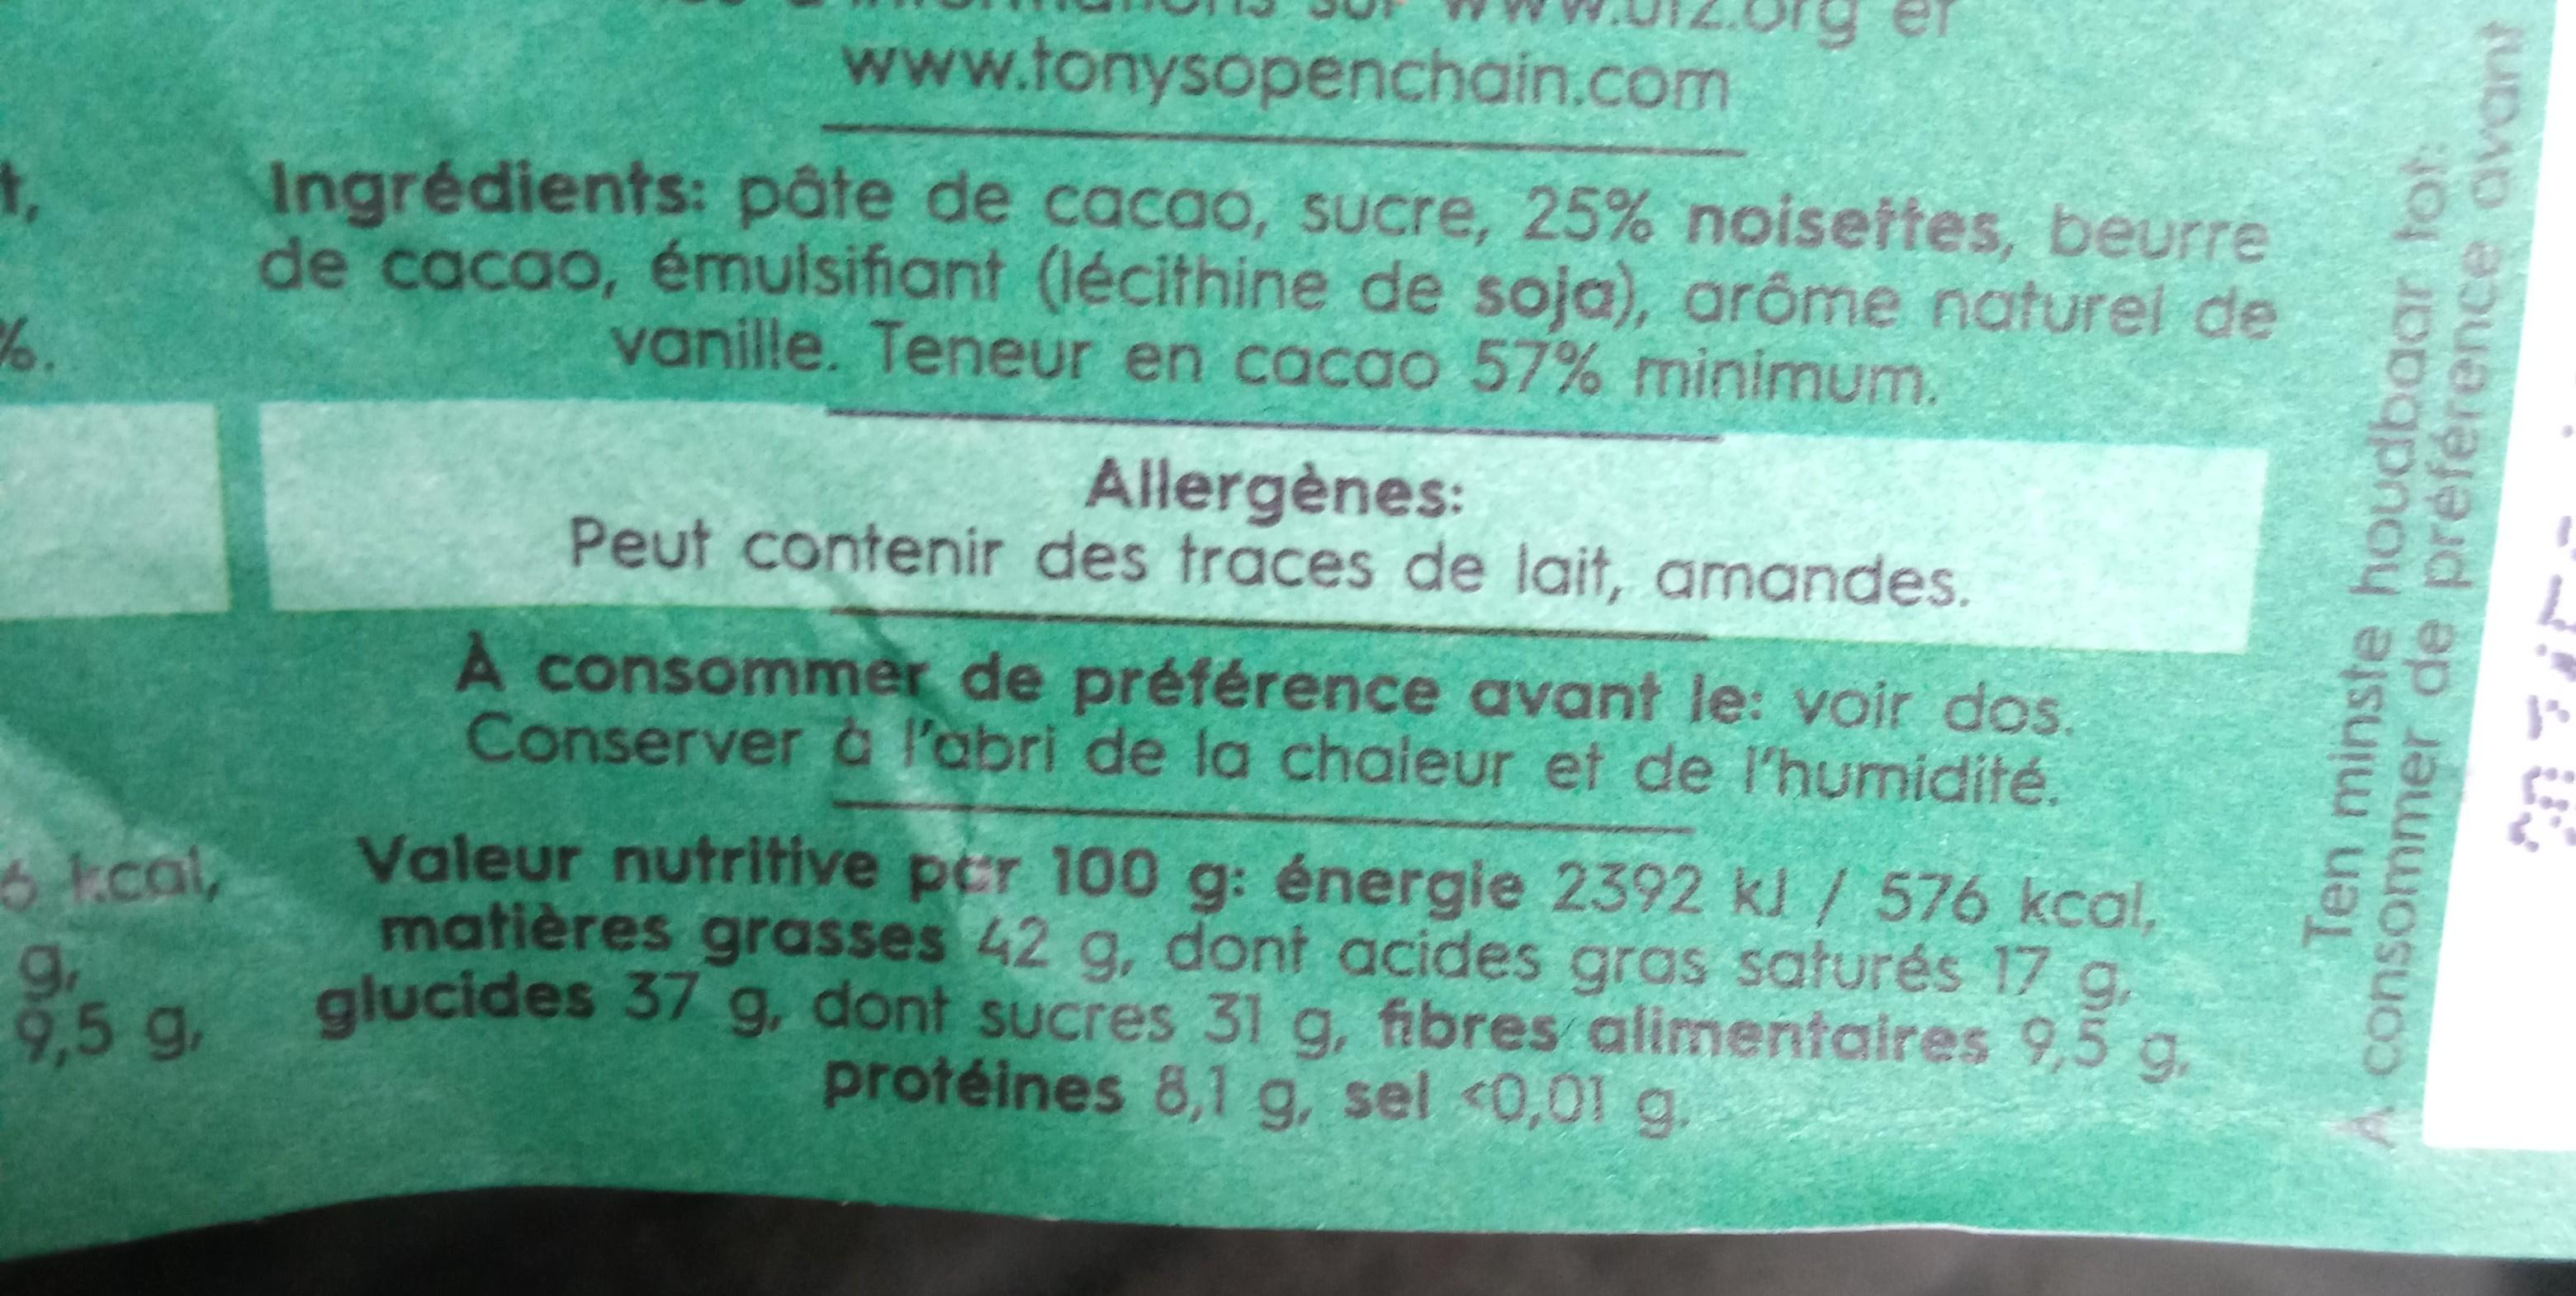
www.tonysopenchain.com
Ingrédients: pâte de cacao, sucre, 25% noisettes, beurre de cacao, émulsifiant (lécithine de soja), aróme naturel de vanille. Teneur en cacaa 57% minimum.
Allergènes: Peut contenir des traces de lait, amandes.
A consommer de préférence avant le: voir dos. Conserver a l'abri de la chaleur et de l'humidité.
Valeur nutritive per 100 g: énergie 2392 kl / 576 kcal, matières grasses 42 g, dont acides gras saturés 17 g. glucides 37 g, dont sucres 31 g, fibres alimentaires 9,5 g. protéines 8,1 g, sel <0,01 g.
3.col
9. 9,5 g.
Ten minste houdbaar tat: consommer de préférence avant